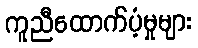
ကူညီထောက်ပံ့မှုများ